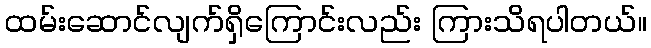
ထမ်းဆောင်လျက်ရှိကြောင်းလည်း ကြားသိရပါတယ်။